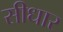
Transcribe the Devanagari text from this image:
सीधार